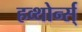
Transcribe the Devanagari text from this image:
हव्थोर्न्स्